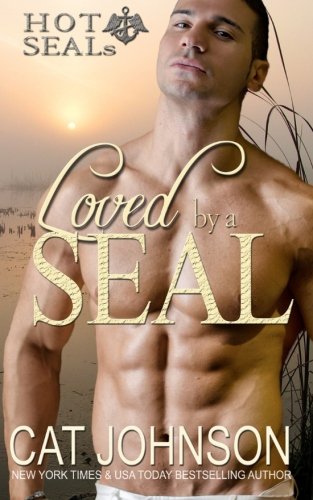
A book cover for Loved by a SEAL: Hot SEALs (Volume 6); Cat Johnson; Romance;